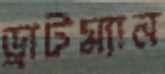
ড্রাটম্যান